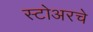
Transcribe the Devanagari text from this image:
स्टोअरचे